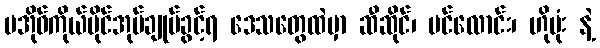
ပအိုဝ်ကိုယ်ပိုင်အုပ်ချုပ်ခွင့်ရ ဒေသတွေထဲမှာ ဆီဆိုင်၊ ပင်လောင်း၊ ဟိုပုံး နဲ့